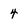
Character: 4